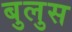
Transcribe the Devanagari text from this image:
बुलुस